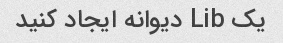
یک Lib دیوانه ایجاد کنید